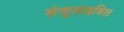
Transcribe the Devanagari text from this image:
सेलुसाइडिस